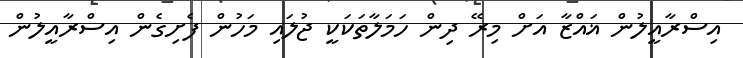
އިސްރާއީލުން ޣައްޒާ އަށް މިރޭ ދިން ހަމަލާތަކަކީ ޖުލައި މަހުން ފެށިގެން އިސްރާއީލުން